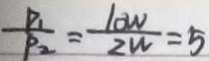
\frac { P _ { 1 } } { P _ { 2 } } = \frac { 1 0 W } { 2 W } = 5